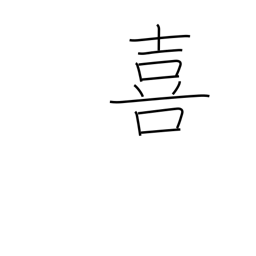
Meaning: rejoice